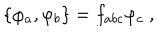
LaTeX: \{ \varphi _ { a } , \varphi _ { b } \} = f _ { a b c } \varphi _ { c } \ ,